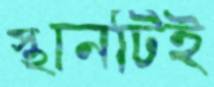
স্থানটিই